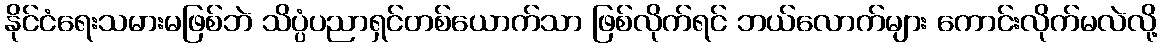
နိုင်ငံရေးသမားမဖြစ်ဘဲ သိပ္ပံပညာရှင်တစ်ယောက်သာ ဖြစ်လိုက်ရင် ဘယ်လောက်များ ကောင်းလိုက်မလဲလို့